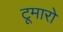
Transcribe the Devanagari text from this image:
टूमारो